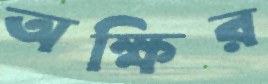
অক্ষির